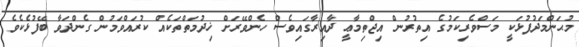
މުޙަންމަދުފުޅަކީ މަސްވެރިކަމުގެ އިތުރުން އިޖްތިމާޢީ ދާއިރާގައިވެސް ހެންވޭރަށް ޚިދުމަތްތަކެއް ކުރައްވަމުން ގެންދަވާ ބޭފުޅެކެވެ.